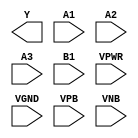
module sky130_fd_sc_hdll__o31ai (
    Y   ,
    A1  ,
    A2  ,
    A3  ,
    B1  ,
    VPWR,
    VGND,
    VPB ,
    VNB
);

    output Y   ;
    input  A1  ;
    input  A2  ;
    input  A3  ;
    input  B1  ;
    input  VPWR;
    input  VGND;
    input  VPB ;
    input  VNB ;
endmodule